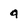
Character: a